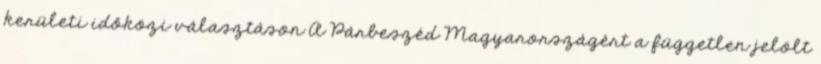
kerületi időközi választáson A Párbeszéd Magyarországért a független jelölt